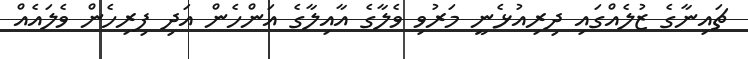
ޗައިނާގެ ޒުލެއްގައި ދިރިއުޅެނީ މަރުވި ވެލާގެ އާއިލާގެ އަންހެން އަދި ފިރިހެން ވެލައެއް